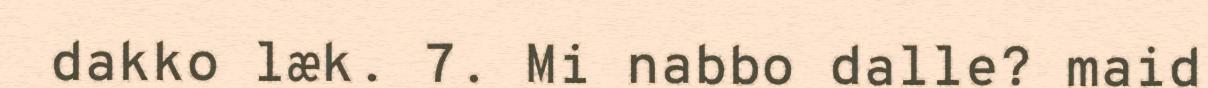
dakko læk. 7. Mi nabbo dalle? maid